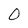
Character: 0